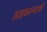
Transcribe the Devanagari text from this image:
अडकल्याचे